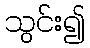
သွင်း၍